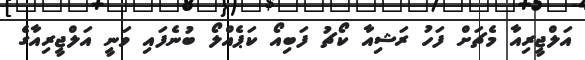
އަލްޖީރިއާ މެޗަށް ފަހު ރަޝިއާ ކޯޗު ފަބިއޯ ކަޕެއްލޯ ބުނެފައި ވަނީ އަލްޖީރިއާގެ